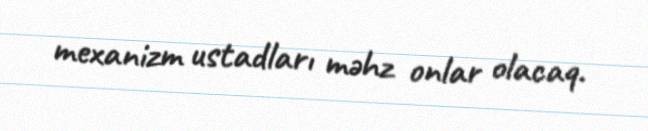
mexanizm ustadları məhz onlar olacaq.